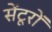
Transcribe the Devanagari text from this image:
सेंटूरों